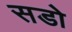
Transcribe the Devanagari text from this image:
सडो